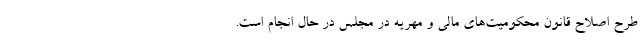
طرح اصلاح قانون محکومیت‌های مالی و مهریه در مجلس در حال انجام است.